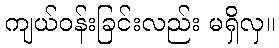
ကျယ်ဝန်းခြင်းလည်း မရှိလှ။